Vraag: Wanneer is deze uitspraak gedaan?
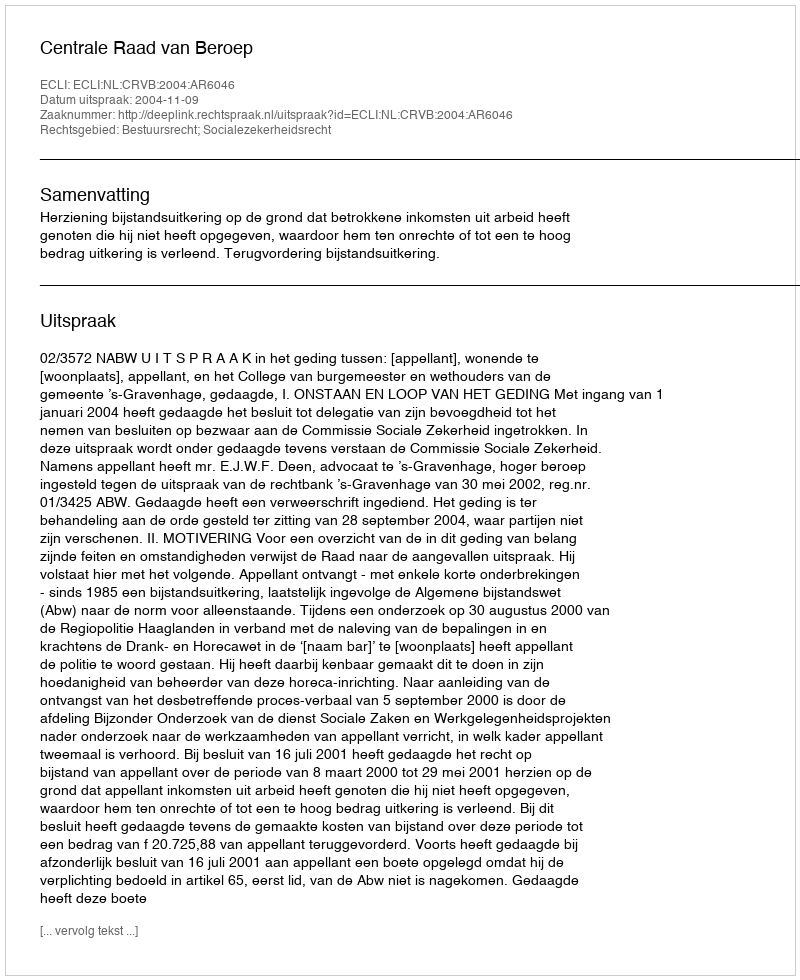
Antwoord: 2004-11-09